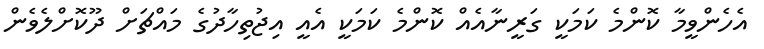
އެހެންވީމާ ކޮންމެ ކަމަކީ ގަރީނާއެއް ކޮންމެ ކަމަކީ އެއީ އިޖުތިހާދުގެ މައްޗަށް ދޫކޮށްލެވެން